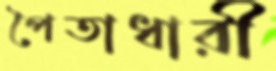
পৈতাধারী